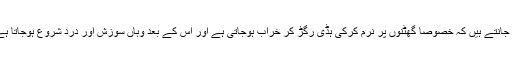
ہم جانتے ہیں کہ خصوصاً گھٹنوں پر نرم کرکی ہڈی رگڑ کر خراب ہوجاتی ہے اور اس کے بعد وہاں سوزش اور درد شروع ہوجاتا ہے۔